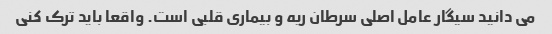
می دانید سیگار عامل اصلی سرطان ریه و بیماری قلبی است. واقعا باید ترک کنی